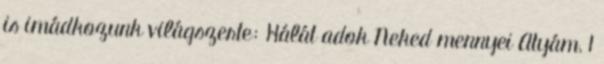
is imádkozunk világszerte: Hálát adok Neked mennyei Atyám, 1